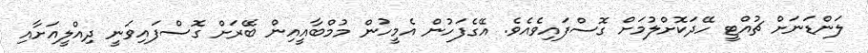
ލަންޑަނަށް ޗުއްޓީ ހޭދަކޮށްލުމަށް ގޮސްފައިވެއެވެ. އޭގެފަހުން އެމީހުން މުމްބާއީއިން ބޭރަށް ގޮސްފައިވަނީ ދިއްލީއަށާއި